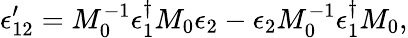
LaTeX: \epsilon_{12}^{\prime}=M_{0}^{-1}\epsilon_{1}^{\dagger}M_{0}\epsilon_{2}-\epsilon_{2}M_{0}^{-1}\epsilon_{1}^{\dagger}M_{0},